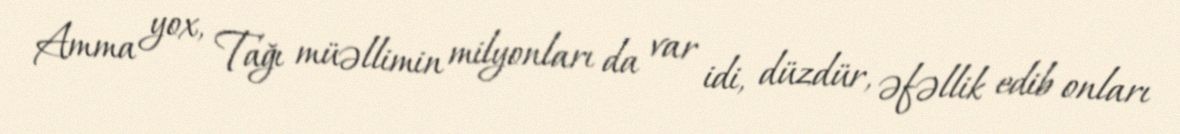
Amma yox, Tağı müəllimin milyonları da var idi, düzdür, əfəllik edib onları